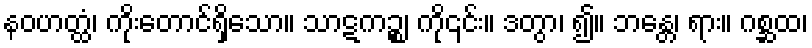
နဝဟတ္ထံ၊ ကိုးတောင်ရှိသော။ သာဋကဉ္စ၊ ကို၎င်း။ ဒတွာ၊ ၍။ ဘန္တေ၊ ရား။ ဂစ္ဆထ၊